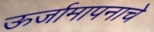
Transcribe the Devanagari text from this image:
ऊर्जामापनाचे